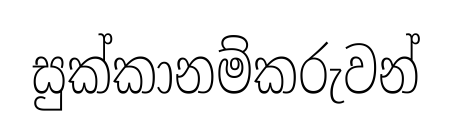
සුක්කානම්කරුවන්